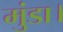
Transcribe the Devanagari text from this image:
मुंडा।